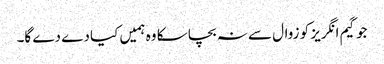
جو گیم انگریز کو زوال سے نہ بچا سکا وہ ہمیں کیا دے دے گا۔